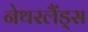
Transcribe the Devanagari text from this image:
नेथरलैंड्स